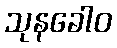
သုနခေါဝ